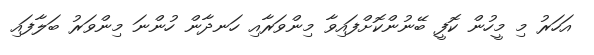
އަހަރު މި މީހުން ކޮފީ ބޭނުންކޮށްފައިވާ މިންވަރާއި ހަނދާން ހުންނަ މިންވަރު ބަލާފައި